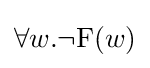
\forall w.\neg \mathrm {F} (w)